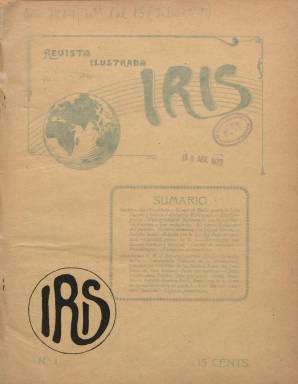
Título: Iris (San Fernando)
Colección: Revistas de información general
Ámbito geográfico: Cádiz
Lugar de publicación: San Fernando (Cádiz)
Fechas: 09/07/1914-30/10/1914

Con el subtítulo “revista semanal ilustrada de ciencias, letras y artes”, comienza a editarse en la ciudad de San Fernando a partir del nueve de julio de 1914. Siendo una publicación de carácter local da cabida también en sus páginas a textos y fotografías concernientes a otras poblaciones gaditanas y de otras latitudes españolas (Sevilla o Ceuta) y extranjeras, con fotograbados de vistas de ciudades, edificios o monumentos. Dice estar alejada por completo de las “enconadas luchas políticas y sociales” y su objetivo es publicar trabajos curiosos, interesantes, amenos, artísticos e instructivos sobre las materias que expresa en su subtítulo, además de otras, como es el desarrollo industrial o comercial. Sus entregas son en torno a una treinta de páginas, con cubiertas, y las dos centrales las dedica a un reportaje bien ilustrado.

Tiene secciones como la local, de pasatiempos y una matemática. Inserta poesías, alguna narración e informaciones, anécdotas, crónicas y artículos concernientes a la Escuela Naval Militar, el Observatorio Astronómico, el reparto de premios del Centro Obrero, la historia de la ciudad de San Fernando o las relaciones comerciales de España y Puerto Rico. Entre las fotografías que publica aparecen las de las fachadas de la Universidad de Salamanca, catedral de Amberes o la de la Escuela Naval; el claustro del Convento de las Dueñas, los ríos Sambre y Mosa, el castillo de Sancti-Petri, la Alameda de Hércules, de Sevilla, y otras de Puerto Real o Ceuta; así como retratos, empezando por el del rey Alfonso XIII, el de la presidenta de la Junta de Damas de la Rifa de Caridad, del gobernador civil de Cádiz o de alumnos del Centro Obrero. Otros grabados son de carácter astronómico.

Se desconoce quien fue su editor o director, y llega a contar con imprenta propia. Aparecen bajo sus textos las firmas de Luis Chacón y Suárez, Ildefonso Nadal, Salvador García Francos, Manuel Castejón Amores, Servando Camúñez, Julio Moro Morgado, José Navarro, Carlos Sánchez del Arco, Narciso Cayetano García, Antonio Matute Santaella, Jaime Mercant o Pedro Jesús Bravo y Sobrado, entre otras. Otros textos van firmados con iniciales.

Debió tener una buena acogida en la ciudad, dada la profusión de anuncios comerciales que inserta. A partir del número 8, correspondiente al diez de septiembre, se convierte en decenal, apareciendo los días 10, 20 y 30 de cada mes. El último número de la colección de la Biblioteca Nacional de España es el 13, de 30 de octubre de 1914.